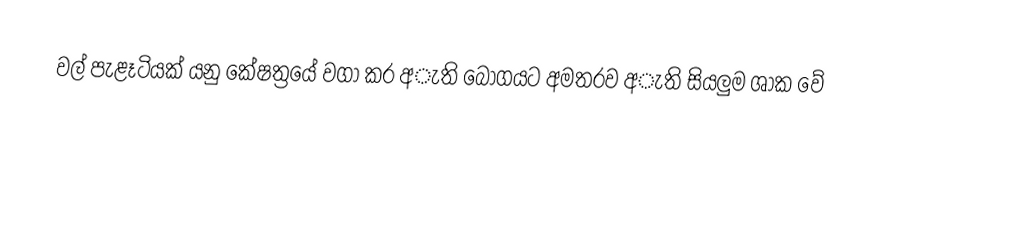
වල් පැළෑටියක් යනු කේෂත්‍රයේ වගා කර අැති බෝගයට අමතරව අැති සියලුම ශාක වේ